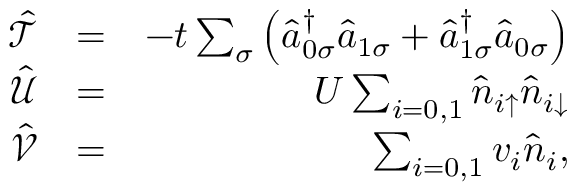
\begin{array} { r l r } { \mathcal { \hat { T } } } & { = } & { - t \sum _ { \sigma } \left( \hat { a } _ { 0 \sigma } ^ { \dagger } \hat { a } _ { 1 \sigma } + \hat { a } _ { 1 \sigma } ^ { \dagger } \hat { a } _ { 0 \sigma } \right) } \\ { \mathcal { \hat { U } } } & { = } & { U \sum _ { i = 0 , 1 } \hat { n } _ { i \uparrow } \hat { n } _ { i \downarrow } } \\ { \mathcal { \hat { V } } } & { = } & { \sum _ { i = 0 , 1 } v _ { i } \hat { n } _ { i } , } \end{array}